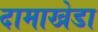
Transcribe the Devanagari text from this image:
दामाखेडा